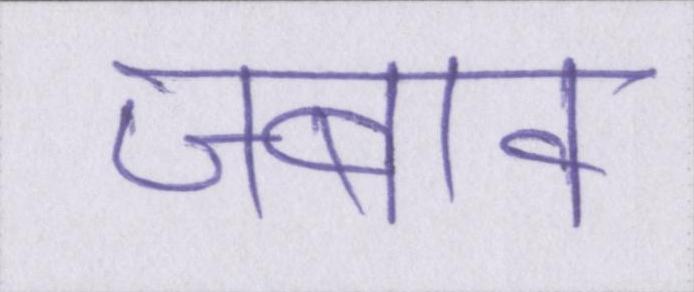
जबाव